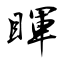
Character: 睴